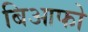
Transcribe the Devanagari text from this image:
बिआफो